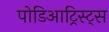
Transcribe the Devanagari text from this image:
पोडिआट्रिस्ट्स